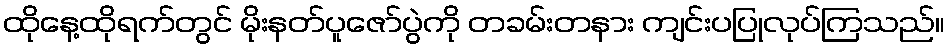
ထိုနေ့ထိုရက်တွင် မိုးနတ်ပူဇော်ပွဲကို တခမ်းတနား ကျင်းပပြုလုပ်ကြသည်။